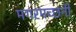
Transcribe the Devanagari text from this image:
मगरमच्छनी